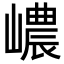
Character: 嶩